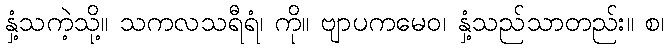
နှံ့သကဲ့သို့။ သကလသရီရံ၊ ကို။ ဗျာပကမေဝ၊ နှံ့သည်သာတည်း။ စ၊